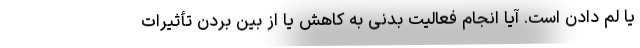
یا لم دادن است. آیا انجام فعالیت بدنی به کاهش یا از بین بردن تأثیرات